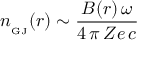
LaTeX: n _ { _ \mathrm { G J } } ( r ) \sim \frac { B ( r ) \, \omega } { 4 \, \pi \, Z e \, c }